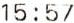
15:57